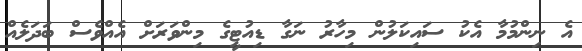
އެ ނިންމުމާ އެކު ސައިކަލުން މިހާރު ނަގާ ޑިއުޓީގެ މިންވަރަށް އެއްވެސް ބަދަލެއް